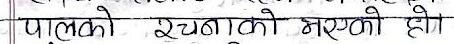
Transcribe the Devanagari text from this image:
पाल्को रचनाको भएको हो